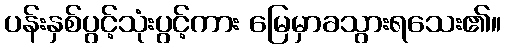
ပန်းနှစ်ပွင့်သုံးပွင့်ကား မြေမှာခသွားရသေး၏။